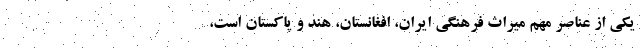
یکی از عناصر مهم میراث فرهنگی ایران، افغانستان، هند و پاکستان است،